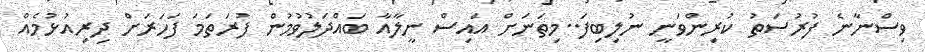
ވިސްނާނެ ފުރުސަތު ކުރިންވަނީ ނުލިބިފަ..މިތަނަށް އައިސް ނީލާއާ ބައްދަލުވުމުން ފުރަތަމަ ފަހަރަށް ދިރިއުޅުމެއް